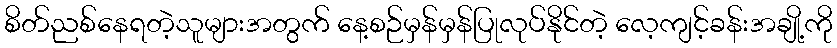
စိတ်ညစ်နေရတဲ့သူများအတွက် နေ့စဉ်မှန်မှန်ပြုလုပ်နိုင်တဲ့ လေ့ကျင့်ခန်းအချို့ကို